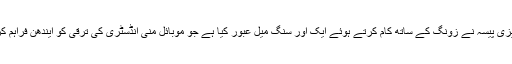
ایک صنعتی لیڈر کے طور پر ایزی پیسہ نے زونگ کے ساتھ کام کرتے ہوئے ایک اور سنگ میل عبور کیا ہے جو موبائل منی انڈسٹری کی ترقی کو ایندھن فراہم کرتے ہوئے انقلاب برپا کرے گا۔